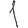
Digit: 1